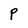
Character: P